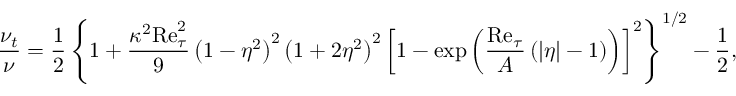
\frac { \nu _ { t } } { \nu } = \frac { 1 } { 2 } \left\{ 1 + \frac { \kappa ^ { 2 } \mathrm { R e } _ { \tau } ^ { 2 } } { 9 } \left( 1 - \eta ^ { 2 } \right) ^ { 2 } \left( 1 + 2 \eta ^ { 2 } \right) ^ { 2 } \left[ 1 - \mathrm { e x p } \left( \frac { \mathrm { R e } _ { \tau } } { A } \left( | \eta | - 1 \right) \right) \right] ^ { 2 } \right\} ^ { 1 / 2 } - \frac { 1 } { 2 } ,